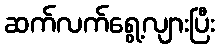
ဆက်လက်ရွေ့လျားပြီး